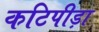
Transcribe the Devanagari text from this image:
कटिपीड़ा